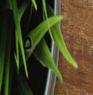
٥